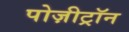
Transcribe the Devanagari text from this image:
पोज़ीट्रॉन